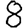
Digit: 8